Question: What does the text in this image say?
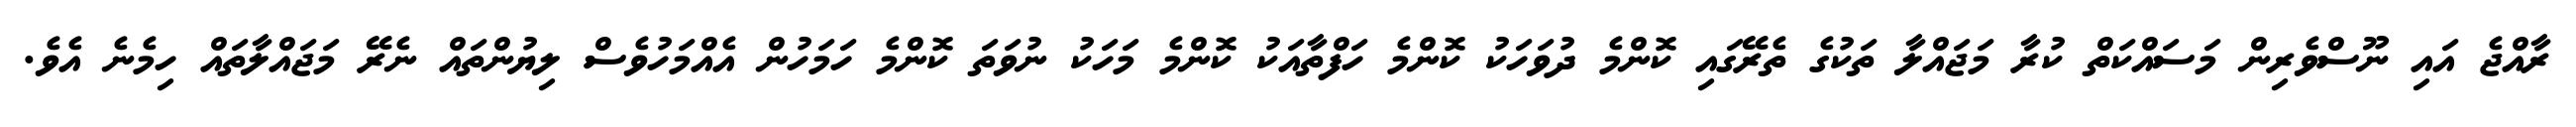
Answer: ރާއްޖެ އައި ނޫސްވެރިން މަސައްކަތް ކުރާ މަޖައްލާ ތަކުގެ ތެރޭގައި ކޮންމެ ދުވަހަކު ކޮންމެ ހަފްތާއަކު ކޮންމެ މަހަކު ނުވަތަ ކޮންމެ ހަމަހުން އެއްމަހުވެސް ލިޔުންތައް ނެރޭ މަޖައްލާތައް ހިމެނެ އެވެ.